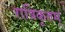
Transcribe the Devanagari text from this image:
रात्रिकृतम्‌